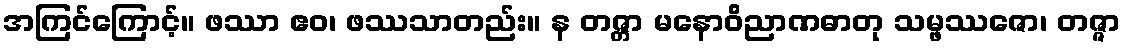
အကြင်ကြောင့်။ ဖဿာ ဧဝ၊ ဖဿသာတည်း။ န တဇ္တာ မနောဝိညာဏဓာတု သမ္ဖဿဇော၊ တဇ္ဇာ